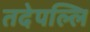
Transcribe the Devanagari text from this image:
तदेपल्लि